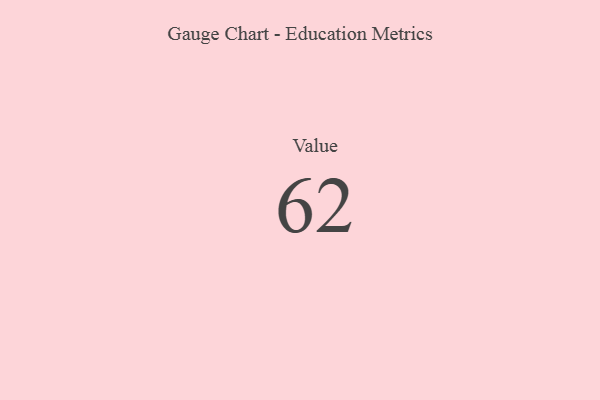
{"axis": {"x": "Metric", "y": "Value"}, "legend": [""], "data": [{"x": "Value", "y": 62, "type": ""}]}